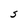
Character: S